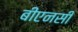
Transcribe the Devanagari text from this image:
बीएनसी